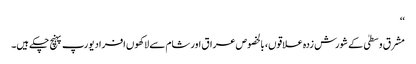
‘‘
مشرق وسطیٰ کے شورش زدہ علاقوں، بالخصوص عراق اور شام سے لاکھوں افراد یورپ پہنچ چکے ہیں۔